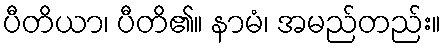
ပီတိယာ၊ ပီတိ၏။ နာမံ၊ အမည်တည်း။